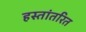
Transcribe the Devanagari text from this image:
हस्‍तांतरित